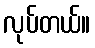
လုပ်တယ်။